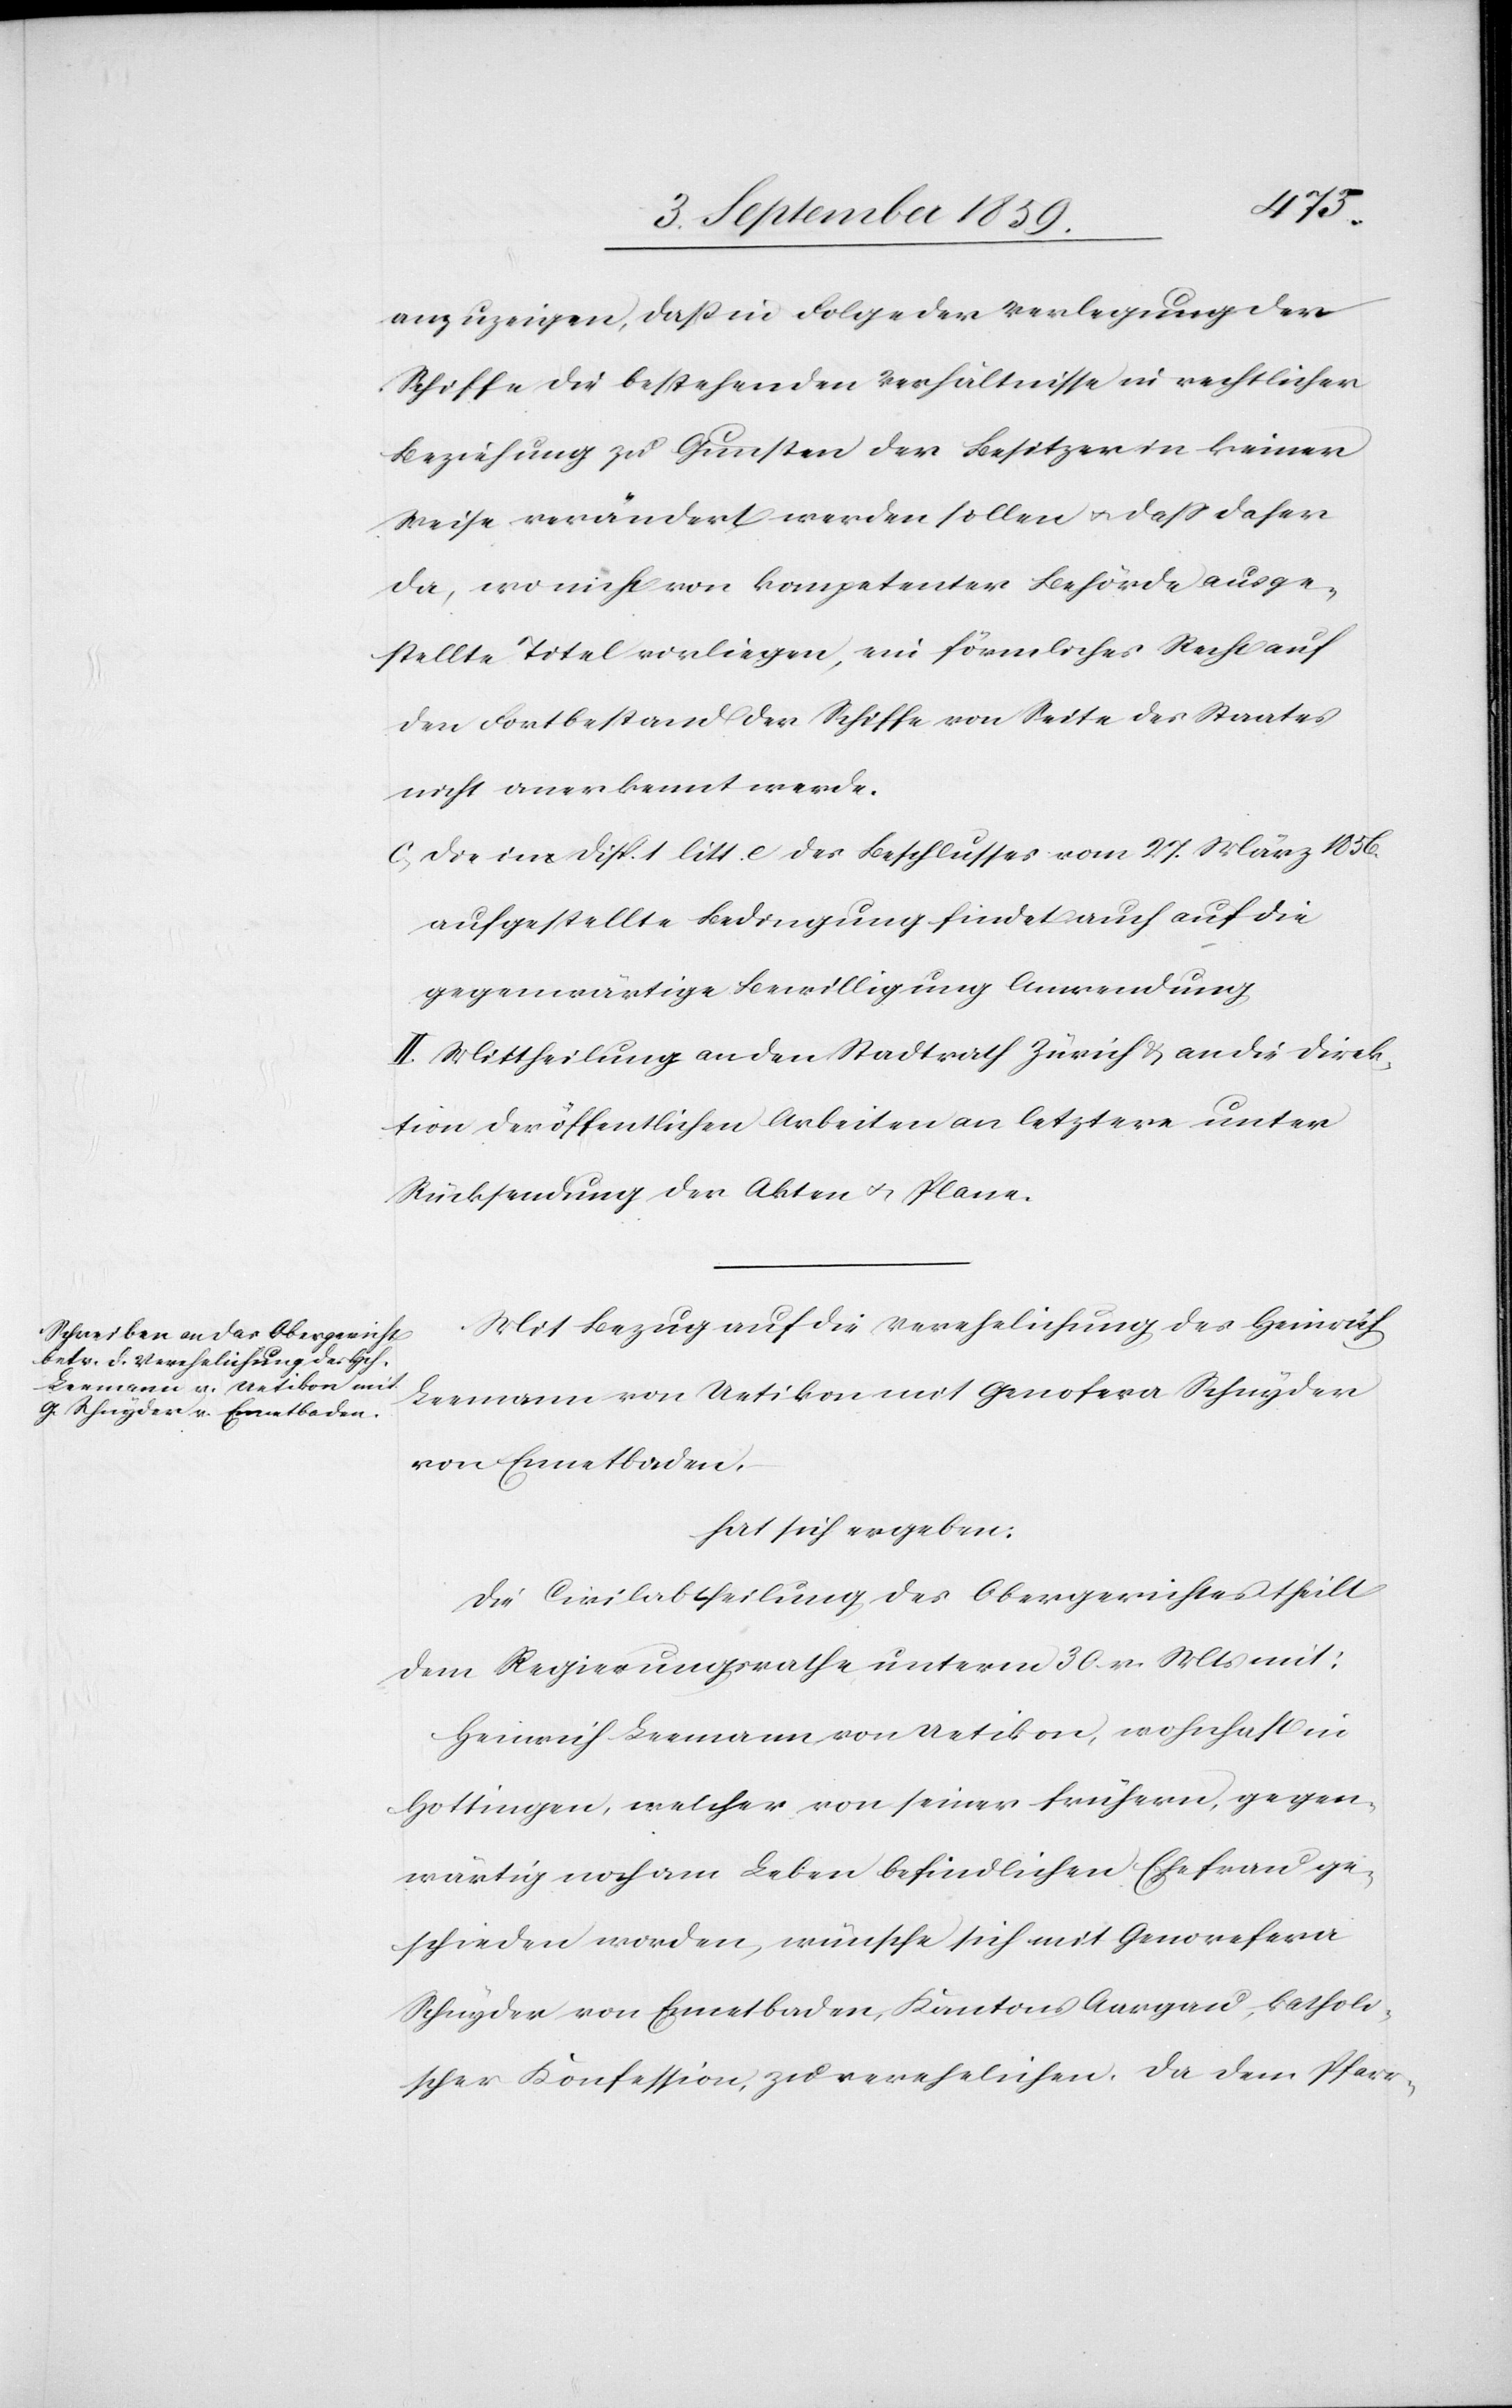
anzubringen, daß in Folge der Verlegung der
Schiffe die bestehenden Verhältnisse in rechtlicher
Beziehung zu Gunsten der Besitzer in keiner
Weise verändert werden sollen & daß daher
da, wo nicht von kompetenter Behörde ausge¬
stellte Titel vorliegen, ein förmliches Recht auf
den Fortbestand der Schiffe von Seite des Staates
nicht anerkennt werde.
c) Die in Disp. 1 litt. e des Beschlusses vom 27. März 1856.
aufgestellte Bedingung findet auch auf die
gegenwärtige Bewilligung Anwendung[.]
II. Mittheilung an den Stadtrath Zürich & an die Direk¬
tion der öffentlichen Arbeiten an letztere unter
Rücksendung der Akten & Plane.
Mit Bezug auf die Verehelichung des Heinrich
Leemann von Uetikon mit Genofera Schnyder
von Ennetbaden,
hat sich ergeben:
Die Civilabtheilung des Obergerichtes theilt
dem Regierungsrathe unterm 30. v. Mts. mit:
Heinrich Leemann von Uetikon, wohnhaft in
Hottingen, welcher von seiner frühern, gegen¬
wärtig noch am Leben befindlichen Ehefrau ge¬
schieden worden, wünsche sich mit Genovefera
Schnyder von Ennetbaden, Kantons Aargau, katholi¬
scher Konfession, zu verehelichen. Da dem Pfarr-